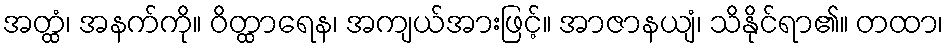
အတ္ထံ၊ အနက်ကို။ ဝိတ္ထာရေန၊ အကျယ်အားဖြင့်။ အာဇာနယျံ၊ သိနိုင်ရာ၏။ တထာ၊